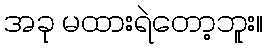
အခု မထားရဲတော့ဘူး။